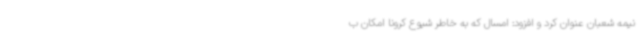
نیمه شعبان عنوان کرد و افزود: امسال که به خاطر شیوع کرونا امکان ب